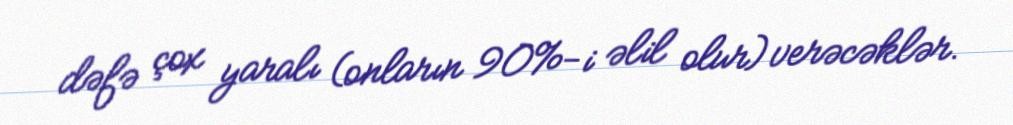
dəfə çox yaralı (onların 90%-i əlil olur) verəcəklər.